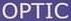
OPTIC